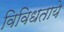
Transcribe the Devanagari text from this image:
विविधताये